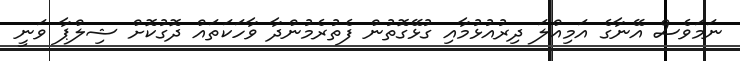
ނަަމަވެސް އޭނާގެ އަމިއްލަ ދިރުއުޅުމާއި ގުޅޭގޮތުން ފެތުރެމުންދާ ވާހަކަތައް ދޮގުކޮށް ޝިލްޕާ ވަނީ